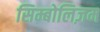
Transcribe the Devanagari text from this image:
सिम्बोलिज़म